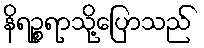
နိရဉ္စရာသို့ပြောသည်